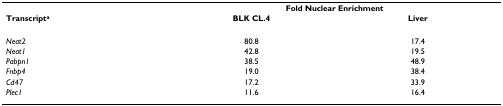
<table><thead><tr><td></td><td colspan="2"><b>Fold Nuclear Enrichment</b></td></tr><tr><td><b>Transcript<sup>a</sup></b></td><td><b>BLK CL.4</b></td><td><b>Liver</b></td></tr></thead><tbody><tr><td><i>Neat2</i></td><td>80.8</td><td>17.4</td></tr><tr><td><i>Neat1</i></td><td>42.8</td><td>19.5</td></tr><tr><td><i>Pabpn1</i></td><td>38.5</td><td>48.9</td></tr><tr><td><i>Fnbp4</i></td><td>19.0</td><td>38.4</td></tr><tr><td><i>Cd47</i></td><td>17.2</td><td>33.9</td></tr><tr><td><i>Plec1</i></td><td>11.6</td><td>16.4</td></tr></tbody></table>